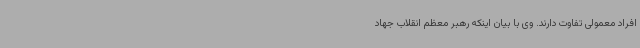
افراد معمولی تفاوت دارند. وی با بیان اینکه رهبر معظم انقلاب جهاد